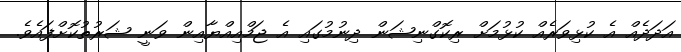
އަދަދެއް އެ ކުޅިވަރެއް ކުޅުމަށް ރިކޮގްނިޝަން ދިނުމުގައި އެ ޖަމްއިއްޔާއިން ވަނީ ޝަރުތުކޮށްފައެވެ.